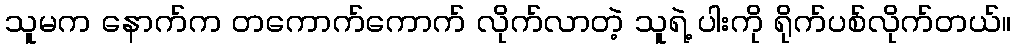
သူမက နောက်က တကောက်ကောက် လိုက်လာတဲ့ သူရဲ့ ပါးကို ရိုက်ပစ်လိုက်တယ်။